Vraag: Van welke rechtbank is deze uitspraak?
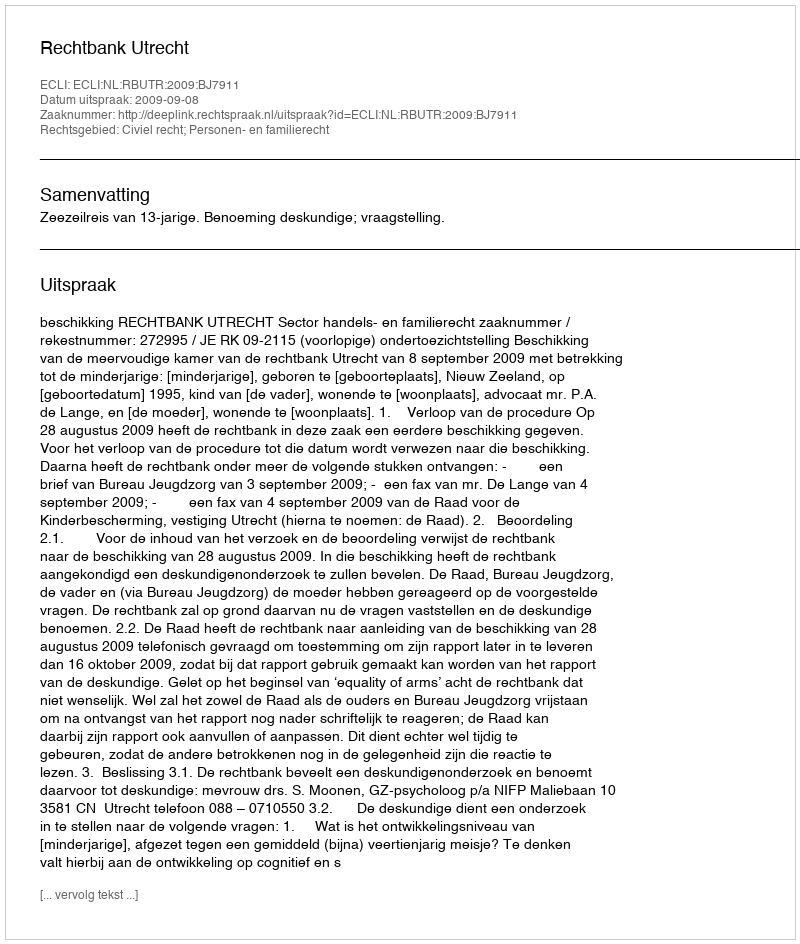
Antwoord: Rechtbank Utrecht